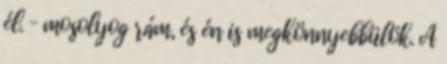
él. – mosolyog rám, és én is megkönnyebbülök. A